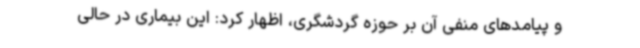
و پیامدهای منفی آن بر حوزه گردشگری، اظهار کرد: این بیماری در حالی